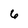
Character: 6